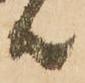
候